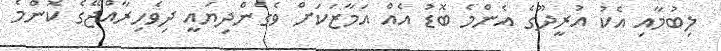
ލިބުމާއި އެކު އުރީދޫގެ އެންމެ ބޮޑު އެއް އަމާޒަކަށް ވެގެންދިޔައީ ދިވެހިރާއްޖޭގެ ކޮންމެ